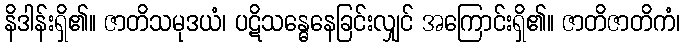
နိဒါန်းရှိ၏။ ဇာတိသမုဒယံ၊ ပဋိသန္ဓေနေခြင်းလျှင် အကြောင်းရှိ၏။ ဇာတိဇာတိကံ၊